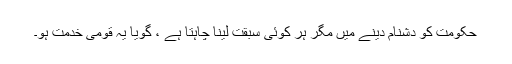
حکومت کو دشنام دینے میں مگر ہر کوئی سبقت لینا چاہتا ہے ، گویا یہ قومی خدمت ہو۔